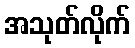
အသုတ်လိုက်